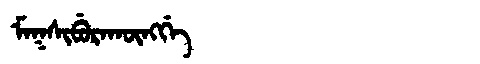
Manchu: ᠮᠠᡴᠰᡳᠪᡠᡵᠠᡴᡡᠩᡤᡝ
Romanization: MAKSIBURAKŪNGGE